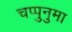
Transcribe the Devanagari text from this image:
चप्पुनुमा